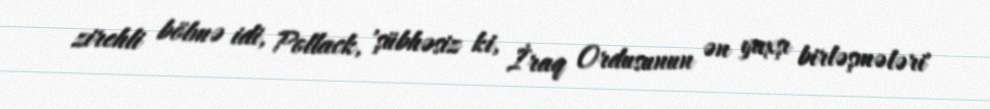
zirehli bölmə idi, Pollack, 'şübhəsiz ki, İraq Ordusunun ən yaxşı birləşmələri'